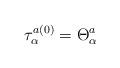
LaTeX: \begin{align*}\tau_\alpha^{a(0)} = \Theta_\alpha^a \end{align*}